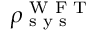
\rho _ { \textrm { s y s } } ^ { \textrm { W F T } }